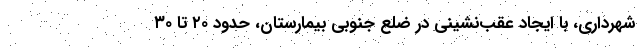
شهرداری، با ایجاد عقب‌نشینی در ضلع جنوبی بیمارستان، حدود ۲۰ تا ۳۰